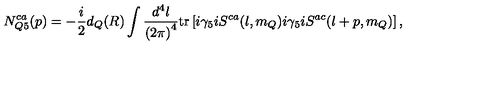
N _ { Q 5 } ^ { c a } ( p ) = - \frac { i } { 2 } d _ { Q } ( R ) \int \frac { d ^ { 4 } l } { { ( 2 \pi ) } ^ { 4 } } \mathrm { t r } \left[ i \gamma _ { 5 } i S ^ { c a } ( l , m _ { Q } ) i \gamma _ { 5 } i S ^ { a c } ( l + p , m _ { Q } ) \right] ,